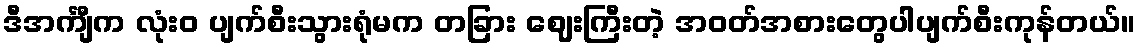
ဒီအင်္ကျီက လုံးဝ ပျက်စီးသွားရုံမက တခြား ဈေးကြီးတဲ့ အဝတ်အစားတွေပါပျက်စီးကုန်တယ်။